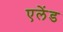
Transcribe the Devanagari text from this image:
एलेंड